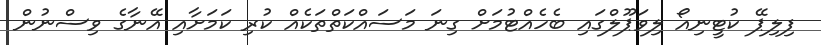
ފިލިޕޭ ކުޓީނިއޯ ލިވަޕޫލްގައި ބެހެއްޓުމަށް ގިނަ މަސައްކަތްތަކެއް ކުރި ކަމަށާއި އޭނާގެ ވިސްނުން